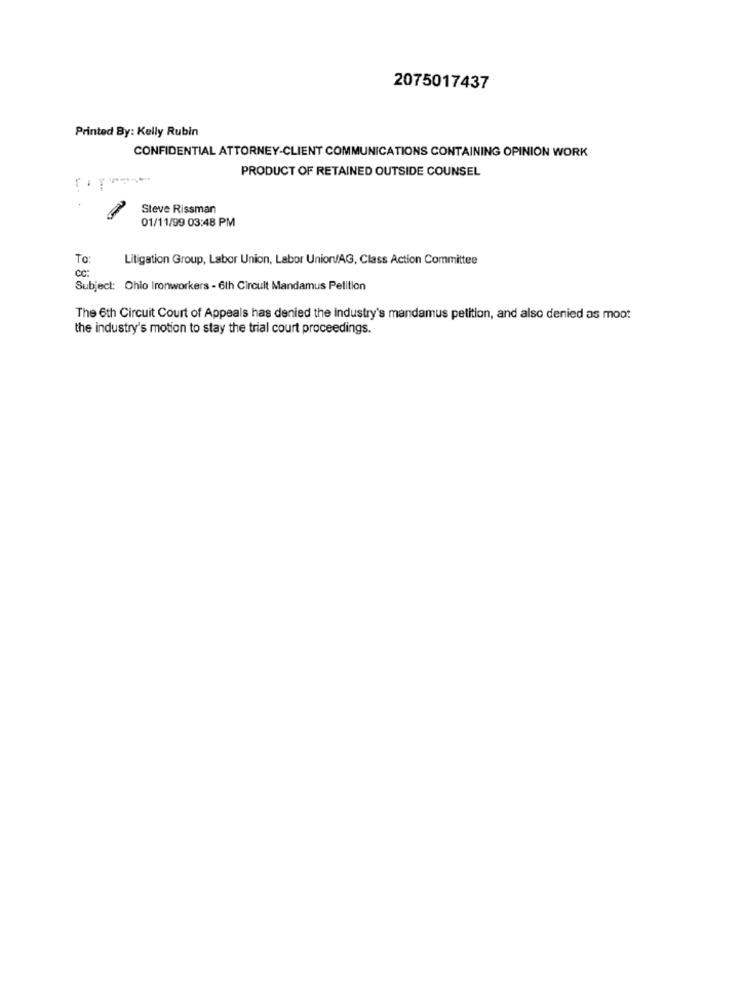
2075017437
Printed By: Kelly Rubin
CONFIDENTIAL ATTORNEY-CLIENT COMMUNICATIONS CONTAINING OPINION WORK
PRODUCT OF RETAINED OUTSIDE COUNSEL
Steve Rissman
01/11/99 03:48 PM
To
Litigation Group, Labor Union, Labor Union/AG, Class Action Committee
cc:
Subject: Ohio Ironworkers - 6th Circult Mandamus Petition
The 6th Circuit Court of Appeals has denied the industry's mandamus petition, and also denied as moot
the industry's motion to stay the trial court proceedings.